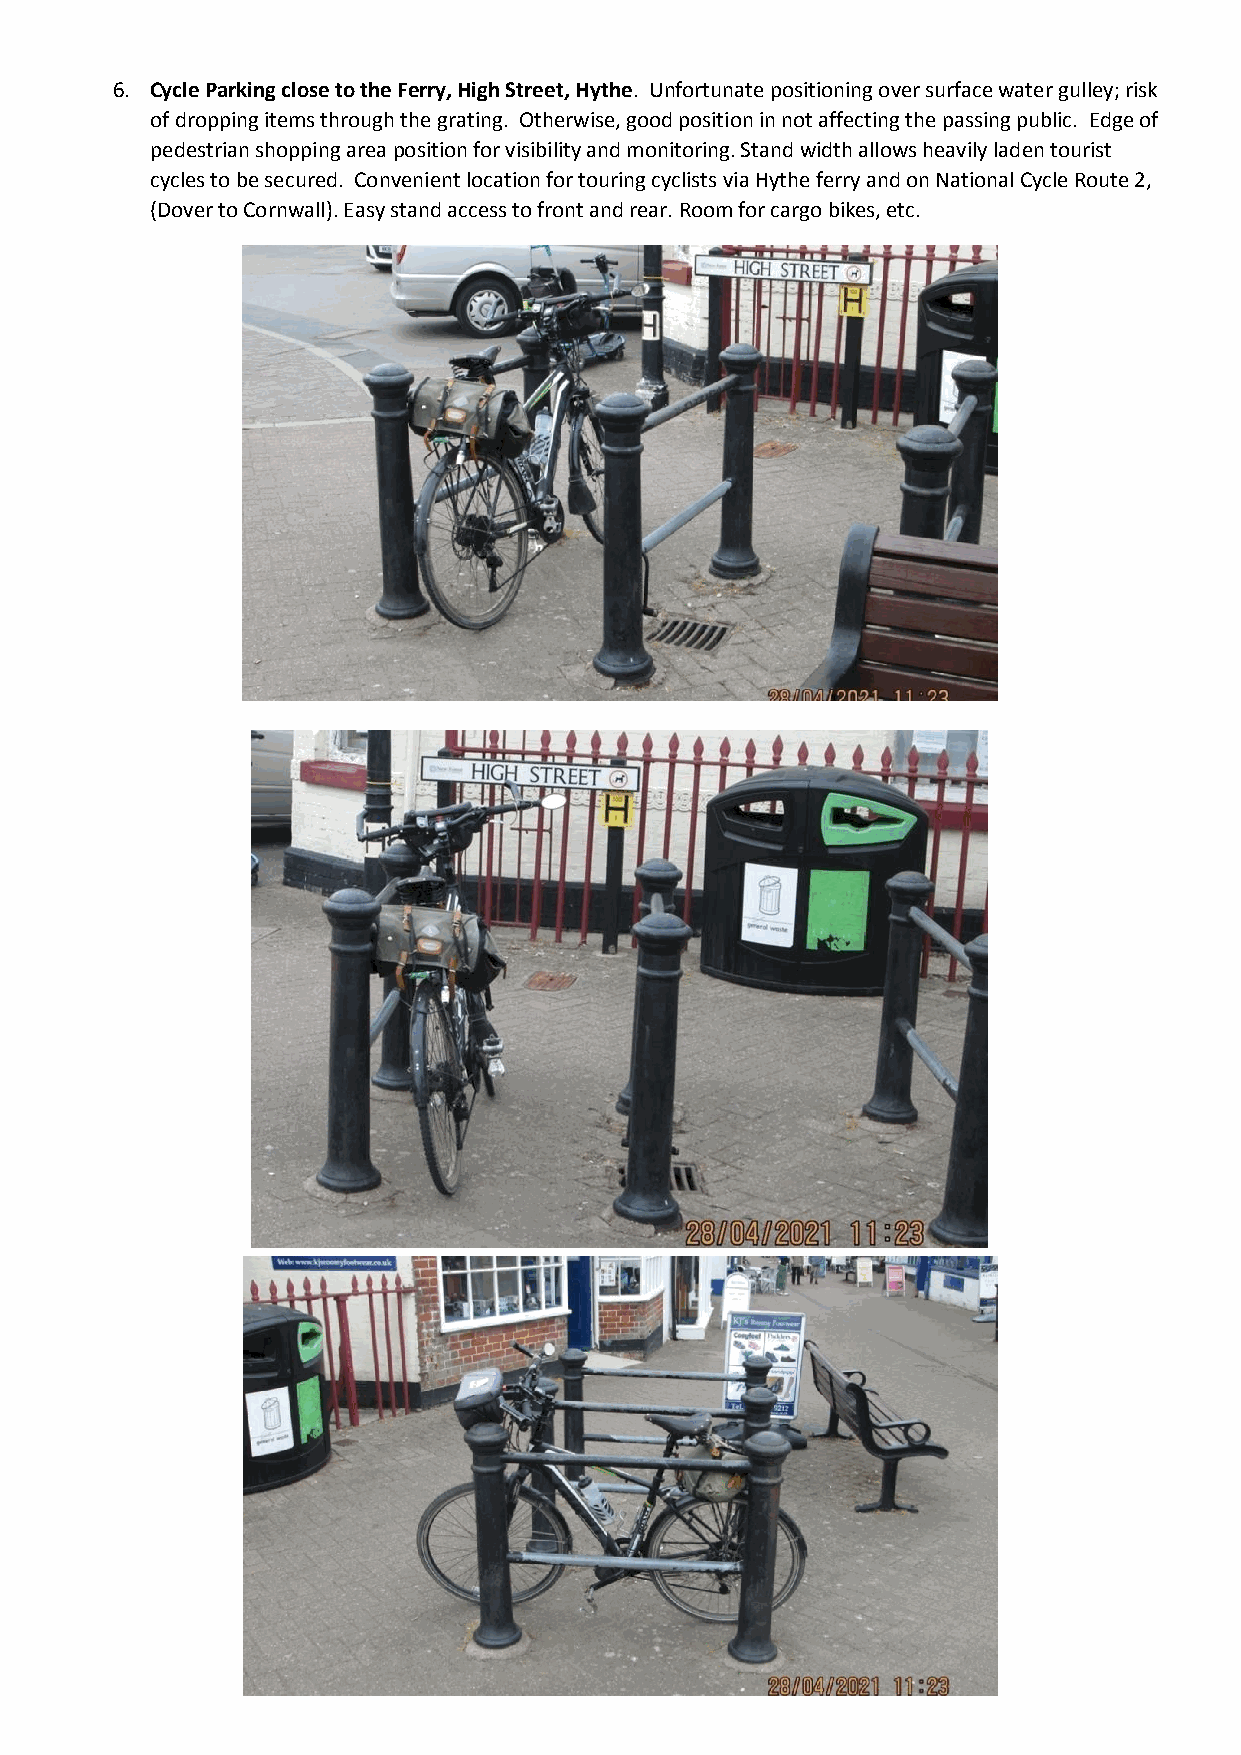
6. Cycle Parking close to the Ferry, High Street, Hythe. Unfortunate positioning over surface water gulley; risk
 of dropping items through the grating. Otherwise, good position in not affecting the passing public. Edge of
 pedestrian shopping area position for visibility and monitoring. Stand width allows heavily laden tourist
 cycles to be secured. Convenient location for touring cyclists via Hythe ferry and on National Cycle Route 2,
 (Dover to Cornwall). Easy stand access to front and rear. Room for cargo bikes, etc.